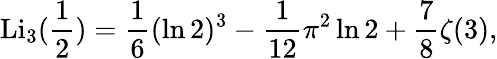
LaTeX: \operatorname{Li}_{3}({\frac{1}{2}})={\frac{1}{6}}(\ln 2)^{3}-{\frac{1}{12}}\pi^{2}\ln 2+{\frac{7}{8}}\zeta(3),